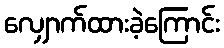
လျှောက်ထားခဲ့ကြောင်း